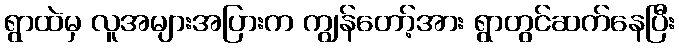
ရွာထဲမှ လူအများအပြားက ကျွန်တော့်အား ရွာတွင်ဆက်နေပြီး